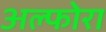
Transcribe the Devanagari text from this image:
अल्फोरा